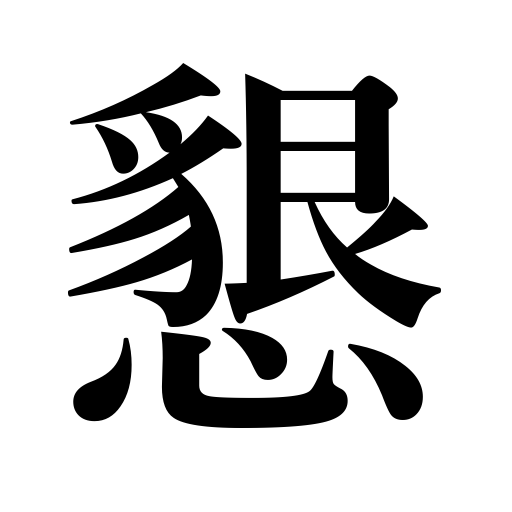
Meanings: cordial,courteous,kind,hospitable